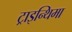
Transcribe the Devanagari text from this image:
ट्राइन्थिमा